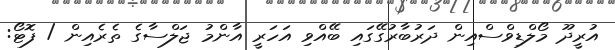
އުރީދޫ މޯލްޑިވްސްއިން ދަރުބާރުގޭގައި ބޭއްވި އަހަރީ އާންމު ޖަލްސާގެ ތެރެއިން / ފޮޓޯ: